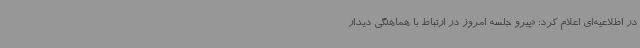
در اطلاعیه‌ای اعلام کرد: «پیرو جلسه امروز در ارتباط با هماهنگی دیدار